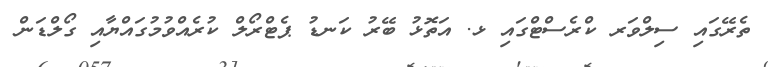
ތެރޭގައި ސިލްވަރ ކްރެސްޓްގައި ޅ. އަތޮޅު ބޭރު ކަނޑު ޕެޓްރޯލް ކުރެއްވުމުގައްޔާއި ގޯލްޑަން